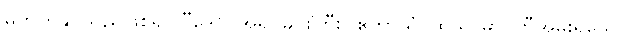
မတတ်နိုင်သည်ဖြစ်၍။ “ဒေဝ၊ အရှင်မင်းကြီး။ ဧတာသံ၊ ထိုသာမာဝတီအမှူးရှိသော